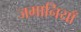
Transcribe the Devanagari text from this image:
जमानियाँ